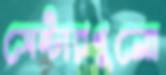
সেন্টারগুলো